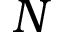
N